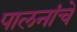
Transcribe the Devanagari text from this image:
पालनांचे